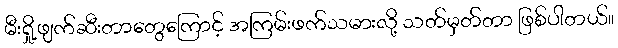
မီးရှို့ဖျက်ဆီးတာတွေကြောင့် အကြမ်းဖက်သမားလို့ သတ်မှတ်တာ ဖြစ်ပါတယ်။